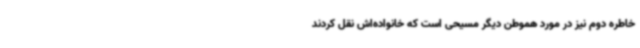
خاطره دوم نیز در مورد هموطن دیگر مسیحی است که خانواده‌اش نقل کردند